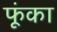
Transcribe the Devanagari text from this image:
फूंका